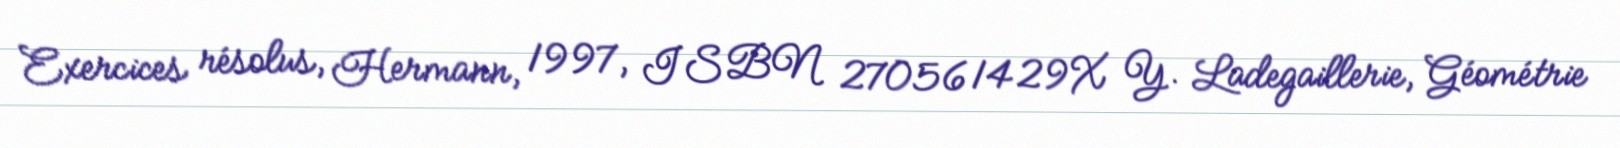
Exercices résolus, Hermann, 1997, ISBN 270561429X Y. Ladegaillerie, Géométrie